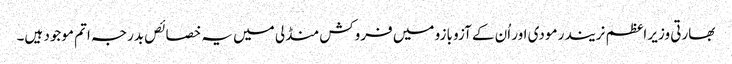
بھارتی وزیر اعظم نریندر مودی اور اُن کے آزو بازو میں فروکش منڈلی میں یہ خصائص بدرجہ اتم موجود ہیں۔